Annual report on the working of the lock hospitals in the Central Provinces
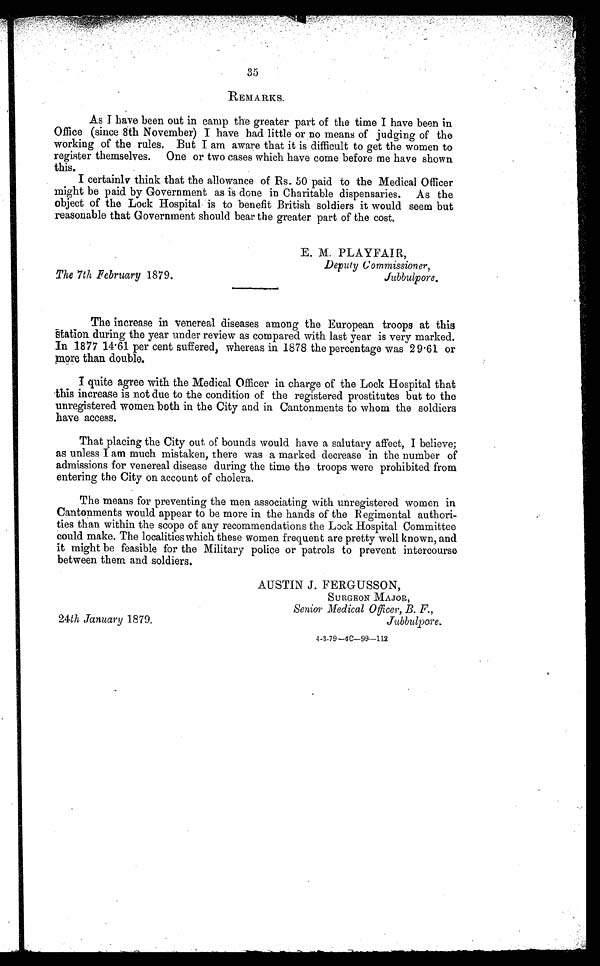
The 7th February 1879.
E. M. PLAYFAIR,
Deputy Commissioner,
Jubbulpore.
35
REMARKS.
As I have been out in camp the greater part of the time I have been in
Office (since 8th November) I have had little or no means of judging of the
working of the rules. But I am aware that it is difficult to get the women to
register themselves. One or two cases which have come before me have shown
this.
I certainly think that the allowance of Rs. 50 paid to the Medical Officer
might be paid by Government as is done in Charitable dispensaries. As the
object of the Lock Hospital is to benefit British soldiers it would seem but
reasonable that Government should bear the greater part of the cost.
The increase in venereal diseases among the European troops at this
station during the year under review as compared with last year is very marked.
In 1877 14.61 per cent suffered, whereas in 1878 the percentage was 29.61 or
more than double.
I quite agree with the Medical Officer in charge of the Lock Hospital that
this increase is not due to the condition of the registered prostitutes but to the
unregistered women both in the City and in Cantonments to whom the soldiers
have access.
That placing the City out of bounds would have a salutary affect, I believe;
as unless I am much mistaken, there was a marked decrease in the number of
admissions for venereal disease during the time the troops were prohibited from
entering the City on account of cholera.
The means for preventing the men associating with unregistered women in
Cantonments would appear to be more in the hands of the Regimental authori
-ties than within the scope of any recommendations the Lock Hospital Committee
could make. The localities which these women frequent are pretty well known, and
it might be feasible for the Military police or patrols to prevent intercourse
between them and soldiers.
AUSTIN J. FERGUSSON,
SURGEON MAJOR,
Senior Medical Officer, B. F.,
Jubbulpor
e. 24th January 1879.
4-3-79–40–99–112